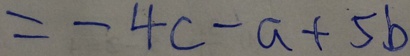
= - 4 c - a + 5 b